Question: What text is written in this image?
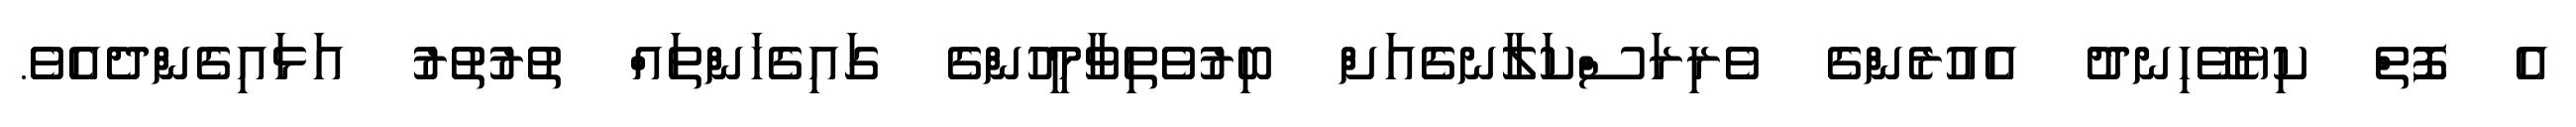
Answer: އެ ފޮތް ކިޔެވޭހިނދު އެއުރެންގެ ވެރިރަސްކަލާނގެއަށް ބިރުވެތިވާމީހުންގެ ގައިގެހަންތައް ތުރުތުރު އަޅައިގެންދެއެވެ.